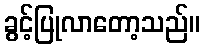
ခွင့်ပြုလာတော့သည်။